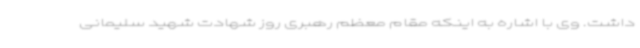
داشت. وی با اشاره به اینکه مقام معظم رهبری روز شهادت شهید سلیمانی